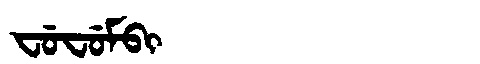
Manchu: ᠸᡠᠸᡠᠮᠪᡳ
Romanization: FUFUMBI